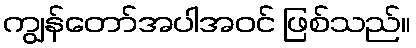
ကျွန်တော်အပါအဝင် ဖြစ်သည်။